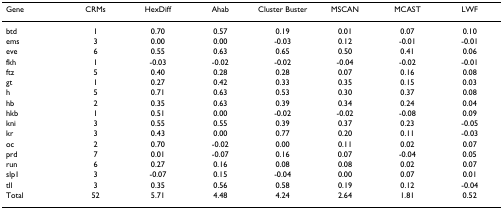
| Gene | CRMs | HexDiff | Ahab | Cluster Buster | MSCAN | MCAST | LWF |
 | --- | --- | --- | --- | --- | --- | --- | --- |
 | btd | 1 | 0.70 | 0.57 | 0.19 | 0.01 | 0.07 | 0.10 |
 | ems | 3 | 0.00 | 0.00 | -0.03 | 0.12 | -0.01 | -0.01 |
 | eve | 6 | 0.55 | 0.63 | 0.65 | 0.50 | 0.41 | 0.06 |
 | fkh | 1 | -0.03 | -0.02 | -0.02 | -0.04 | -0.02 | -0.01 |
 | ftz | 5 | 0.40 | 0.28 | 0.28 | 0.07 | 0.16 | 0.08 |
 | gt | 1 | 0.27 | 0.42 | 0.33 | 0.35 | 0.15 | 0.03 |
 | h | 5 | 0.71 | 0.63 | 0.53 | 0.30 | 0.37 | 0.08 |
 | hb | 2 | 0.35 | 0.63 | 0.39 | 0.34 | 0.24 | 0.04 |
 | hkb | 1 | 0.51 | 0.00 | -0.02 | -0.02 | -0.08 | 0.09 |
 | kni | 3 | 0.55 | 0.55 | 0.39 | 0.37 | 0.23 | -0.05 |
 | kr | 3 | 0.43 | 0.00 | 0.77 | 0.20 | 0.11 | -0.03 |
 | oc | 2 | 0.70 | -0.02 | 0.00 | 0.11 | 0.02 | 0.07 |
 | prd | 7 | 0.01 | -0.07 | 0.16 | 0.07 | -0.04 | 0.05 |
 | run | 6 | 0.27 | 0.16 | 0.08 | 0.08 | 0.02 | 0.07 |
 | slp1 | 3 | -0.07 | 0.15 | -0.04 | 0.00 | 0.07 | 0.01 |
 | tll | 3 | 0.35 | 0.56 | 0.58 | 0.19 | 0.12 | -0.04 |
 | Total | 52 | 5.71 | 4.48 | 4.24 | 2.64 | 1.81 | 0.52 |